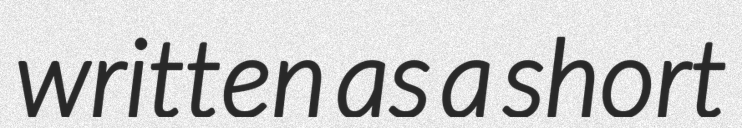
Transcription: written as a short